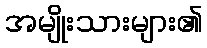
အမျိုးသားများ၏